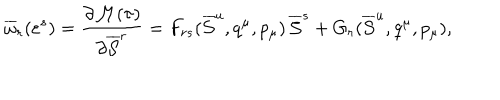
\overline { { { \omega } } } _ { r } ( \varepsilon ^ { s } ) = { \frac { \partial { \cal M } ( \tau ) } { \partial \overline { { { \cal S } } } ^ { r } } } = F _ { r s } ( \overline { { { \cal S } } } ^ { u } , q ^ { \mu } , p _ { \mu } ) \, \overline { { { \cal S } } } ^ { s } + G _ { r } ( \overline { { { \cal S } } } ^ { u } , q ^ { \mu } , p _ { \mu } ) ,